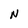
Character: N